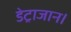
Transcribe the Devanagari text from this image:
डेट्राजान।